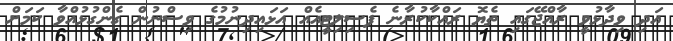
އަދި ވިދާޅުވީ ރާއްޖޭގައި ތެޔޮ ރައްކާކުރާނެ ފެސިލިޓީއެއް އަޅައިދިނުމުގެ ވިސްނުން ގެންގުޅުއްވާ ކަމަށް